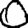
Digit: 0